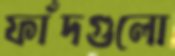
ফাঁদগুলো